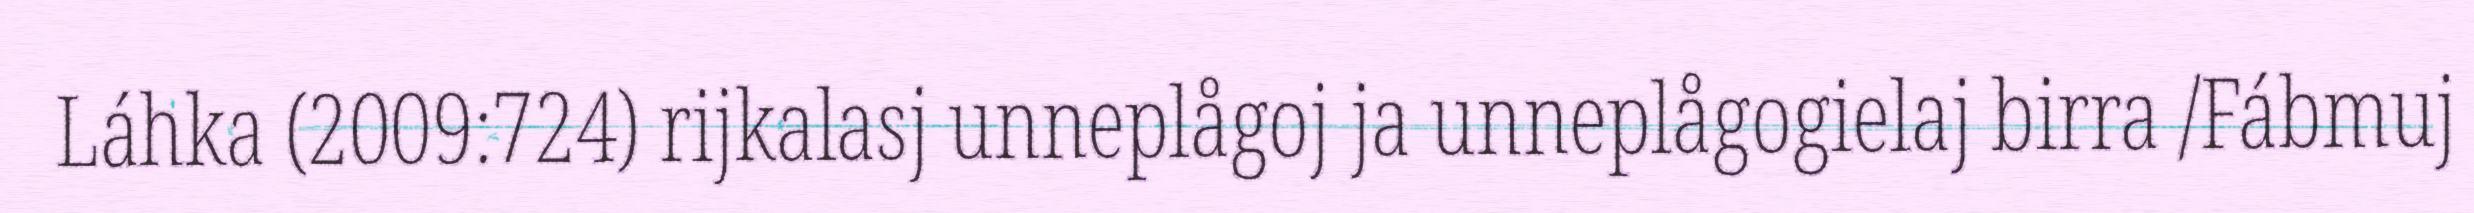
Láhka (2009:724) rijkalasj unneplågoj ja unneplågogielaj birra /Fábmuj